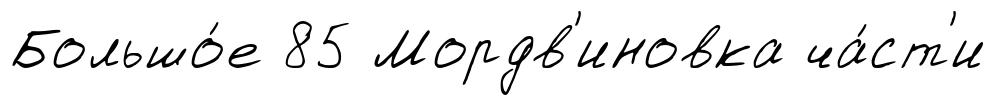
Большо́е 85 Мордв'иновка ча́ст'и